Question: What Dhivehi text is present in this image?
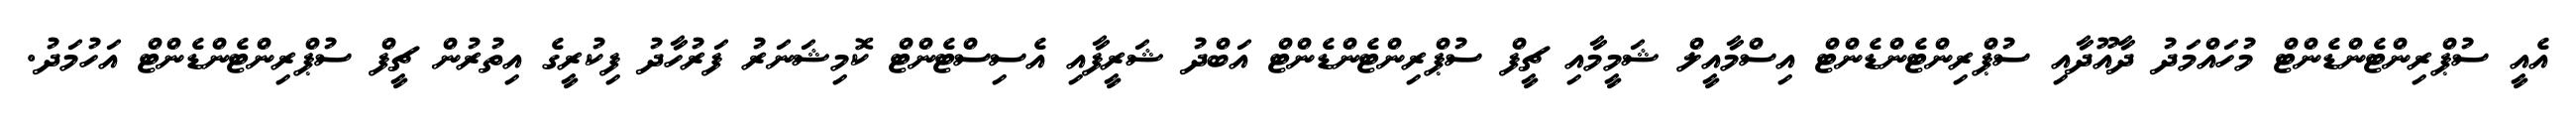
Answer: އެއީ ސުޕްރިންޓެންޑެންޓް މުހައްމަދު ދާއޫދާއި ސުޕްރިންޓެންޑެންޓް އިސްމާއީލް ޝަމީމާއި ޗީފް ސުޕްރިންޓެންޑެންޓް އަބްދު ޝަރީފާއި އެސިސްޓެންޓް ކޮމިޝަނަރު ފަރުހާދު ފިކުރީގެ އިތުރުން ޗީފް ސުޕްރިންޓެންޑެންޓް އަހުމަދު.